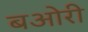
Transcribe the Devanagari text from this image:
बओरी